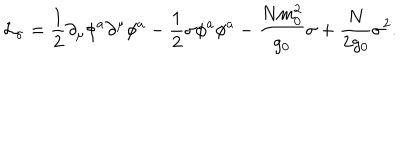
{ \cal L } _ { \sigma } = { \frac { 1 } { 2 } } \partial _ { \mu } \phi ^ { a } \partial ^ { \mu } \phi ^ { a } - { \frac { 1 } { 2 } } \sigma \phi ^ { a } \phi ^ { a } - { \frac { N m _ { 0 } ^ { 2 } } { g _ { 0 } } } \sigma + { \frac { N } { 2 g _ { 0 } } } \sigma ^ { 2 } .